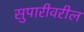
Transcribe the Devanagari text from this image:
सुपारीवरील